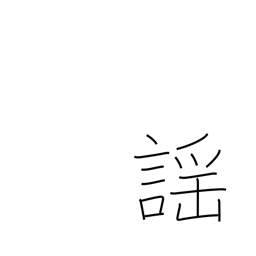
Meaning: noh chanting